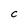
Character: C